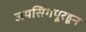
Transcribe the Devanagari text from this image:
जयसिंगपूरहून